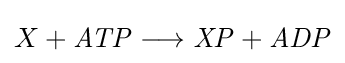
X+{\mathit {ATP}}\longrightarrow {\mathit {XP}}+{\mathit {ADP}}